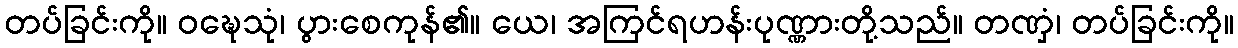
တပ်ခြင်းကို။ ဝဍ္ဎေသုံ၊ ပွားစေကုန်၏။ ယေ၊ အကြင်ရဟန်းပုဏ္ဏားတို့သည်။ တဏှံ၊ တပ်ခြင်းကို။